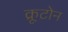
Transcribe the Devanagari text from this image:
क्रूटोन